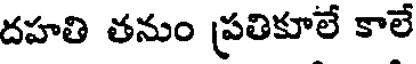
దహతి తనుం ప్రతికూలే కాలే